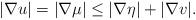
LaTeX: \begin{align*}|\nabla u| = |\nabla \mu| \leq |\nabla \eta | + |\nabla v| .\end{align*}